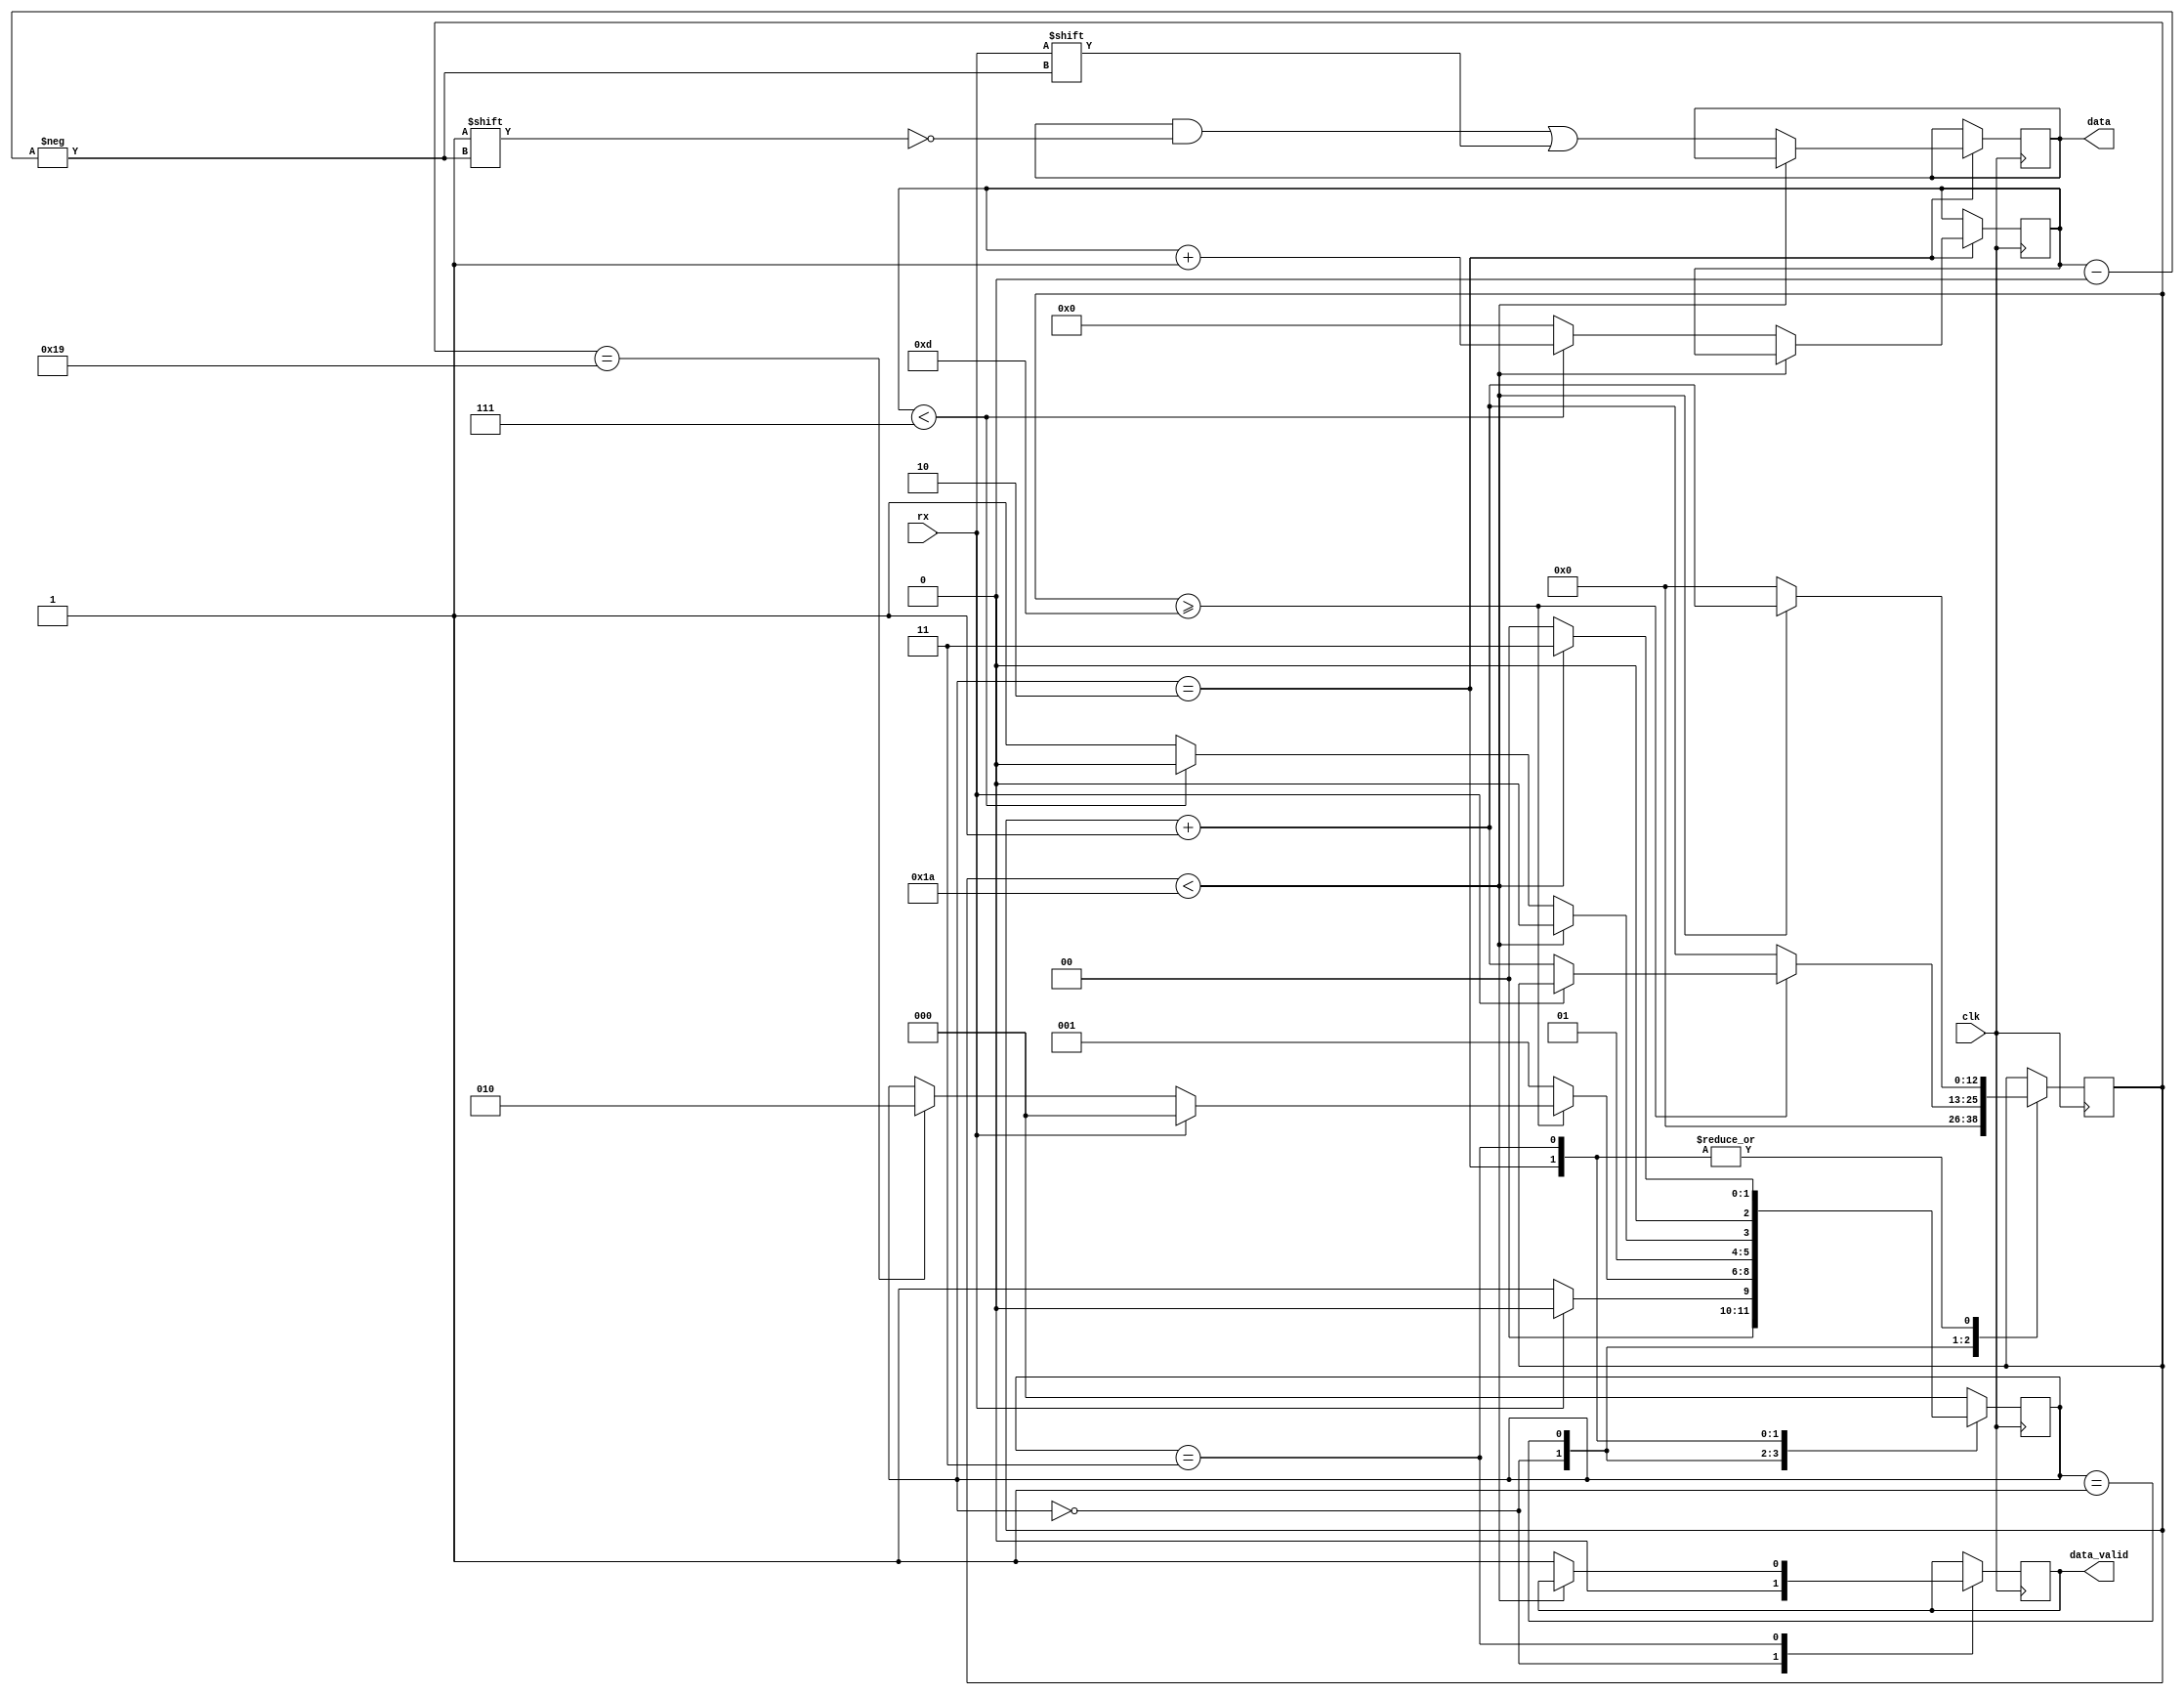

module rx_module (
    input rx,
    input clk,
    output [7:0] data,
    output data_valid
);

reg [2:0] state_rx = 0;
reg [7:0] rx_data = 0;
reg [12:0] clk_count = 0; 
reg rx_data_valid = 0;
reg [3:0] bit_pointer = 0;

assign data = rx_data;
assign data_valid = rx_data_valid;

parameter clk_freq = 25000000;
parameter baudrate = 921600;
parameter bit_clks = clk_freq/baudrate;
parameter half_bit = (bit_clks-1)/2;

localparam idle = 0, start_bit = 1, receive = 2, stop_bit = 3;

always @(posedge clk)
begin
    case (state_rx)
        idle: begin
            rx_data_valid <= 0;
            clk_count <= 0;
            if(rx == 1'b0)
                state_rx <= start_bit;
            else 
                state_rx <= idle;
        end
        start_bit: begin
            if(clk_count >= half_bit) begin 
                if(rx == 1'b0) begin
                    if(clk_count == half_bit+half_bit-1) begin             
                        state_rx <= receive;
                        clk_count <= 0;
                    end 
                    clk_count <= clk_count+1;              
                end
                else state_rx <= idle;
            end
            else begin
                clk_count <= clk_count+1;
                state_rx <= start_bit;
            end
        end
        receive: begin
            if(clk_count < bit_clks-1) begin   
                state_rx <= receive;
                clk_count <= clk_count + 1;     
            end   
            else begin 
                clk_count <= 0;               
                rx_data[bit_pointer] <= rx;
                if (bit_pointer < 7) begin  
                    bit_pointer <= bit_pointer + 1;
                    state_rx <= receive;
                end
                else begin
                    bit_pointer <= 0;
                    state_rx <= stop_bit;
                end
            end
        end
        stop_bit: begin
            if(clk_count < bit_clks-1) begin   
                state_rx <= stop_bit;
                clk_count <= clk_count + 1;     
            end
            else begin   
                rx_data_valid <= 1;
                state_rx <= idle;
                clk_count <= 0;   
            end
        end
        default: state_rx <= idle;
    endcase

end
endmodule